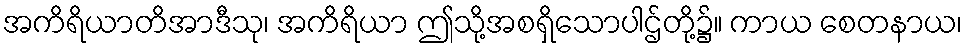
အကိရိယာတိအာဒီသု၊ အကိရိယာ ဤသို့အစရှိသောပါဌ်တို့၌။ ကာယ စေတနာယ၊